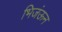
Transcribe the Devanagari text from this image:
भिजंऊन